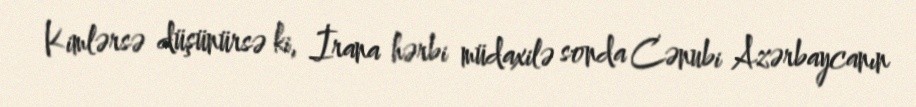
Kimlərsə düşünürsə ki, İrana hərbi müdaxilə sonda Cənubi Azərbaycanın